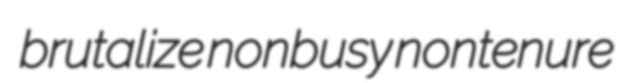
brutalize nonbusy nontenure